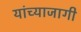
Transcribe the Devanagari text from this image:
यांच्याजागी